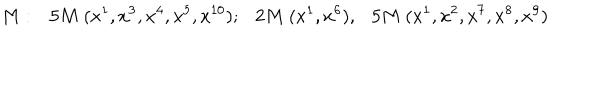
LaTeX: M : 5 M ~ ( x ^ { 1 } , x ^ { 3 } , x ^ { 4 } , x ^ { 5 } , x ^ { 1 0 } ) ; 2 M ~ ( x ^ { 1 } , x ^ { 6 } ) , 5 M ~ ( x ^ { 1 } , x ^ { 2 } , x ^ { 7 } , x ^ { 8 } , x ^ { 9 } )